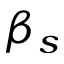
\beta _ { s }